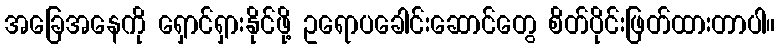
အခြေအနေကို ရှောင်ရှားနိုင်ဖို့ ဥရောပခေါင်းဆောင်တွေ စိတ်ပိုင်းဖြတ်ထားတာပါ။